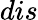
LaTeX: dis